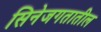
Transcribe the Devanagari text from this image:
सिनेजगतातील